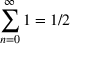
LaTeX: \sum _ { n = 0 } ^ { \infty } 1 = 1 / 2